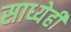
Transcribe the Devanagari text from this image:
साध्येही